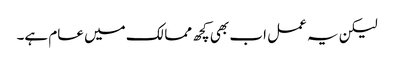
لیکن یہ عمل اب بھی کچھ ممالک میں عام ہے۔